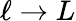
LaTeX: \ell\rightarrow L